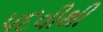
પદવીથી